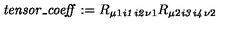
\mathit { t e n s o r \_ c o e f f } : = R { _ { \mu 1 } } { _ { \mathit { i 1 } } } { _ { \mathit { i 2 } } } { _ { \nu 1 } } R { _ { \mu 2 } } { _ { \mathit { i 3 } } } { _ { \mathit { i 4 } } } { _ { \nu 2 } }